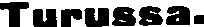
Turussa.